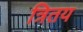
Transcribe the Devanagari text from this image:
त्रितय